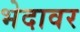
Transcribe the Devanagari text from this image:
भेदावर